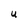
Character: U